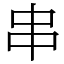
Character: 串